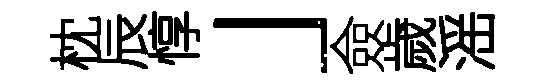
枕辰惇」僉歲滛